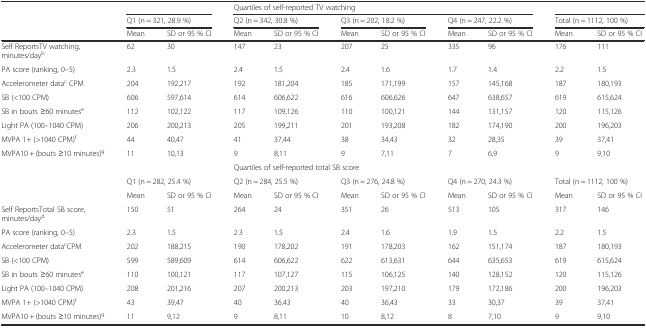
<table><thead><tr><td></td><td colspan="2"></td><td colspan="6"><b>Quartiles of self-reported TV watching</b></td><td colspan="2"></td></tr><tr><td></td><td colspan="2"><b>Q1 (n = 321, 28.9 %)</b></td><td colspan="2"><b>Q2 (n = 342, 30.8 %)</b></td><td colspan="2"><b>Q3 (n = 202, 18.2 %)</b></td><td colspan="2"><b>Q4 (n = 247, 22.2 %)</b></td><td colspan="2"><b>Total (n = 1112, 100 %)</b></td></tr><tr><td></td><td><b>Mean</b></td><td><b>SD or 95 % CI</b></td><td><b>Mean</b></td><td><b>SD or 95 % CI</b></td><td><b>Mean</b></td><td><b>SD or 95 % CI</b></td><td><b>Mean</b></td><td><b>SD or 95 % CI</b></td><td><b>Mean</b></td><td><b>SD or 95 % CI</b></td></tr></thead><tbody><tr><td>Self ReportsTV watching, minutes/day<sup>b</sup></td><td>62</td><td>30</td><td>147</td><td>23</td><td>207</td><td>25</td><td>335</td><td>96</td><td>176</td><td>111</td></tr><tr><td>PA score (ranking, 0–5)</td><td>2.3</td><td>1.5</td><td>2.4</td><td>1.5</td><td>2.4</td><td>1.6</td><td>1.7</td><td>1.4</td><td>2.2</td><td>1.5</td></tr><tr><td>Accelerometer data<sup>c</sup> CPM</td><td>204</td><td>192,217</td><td>192</td><td>181,204</td><td>185</td><td>171,199</td><td>157</td><td>145,168</td><td>187</td><td>180,193</td></tr><tr><td>SB (&lt;100 CPM)</td><td>606</td><td>597,614</td><td>614</td><td>606,622</td><td>616</td><td>606,626</td><td>647</td><td>638,657</td><td>619</td><td>615,624</td></tr><tr><td>SB in bouts ≥60 minutes<sup>e</sup></td><td>112</td><td>102,122</td><td>117</td><td>109,126</td><td>110</td><td>100,121</td><td>144</td><td>131,157</td><td>120</td><td>115,126</td></tr><tr><td>Light PA (100–1040 CPM)</td><td>206</td><td>200,213</td><td>205</td><td>199,211</td><td>201</td><td>193,208</td><td>182</td><td>174,190</td><td>200</td><td>196,203</td></tr><tr><td>MVPA 1+ (&gt;1040 CPM)<sup>f</sup></td><td>44</td><td>40,47</td><td>41</td><td>37,44</td><td>38</td><td>34,43</td><td>32</td><td>28,35</td><td>39</td><td>37,41</td></tr><tr><td>MVPA10 + (bouts ≥10 minutes)<sup>g</sup></td><td>11</td><td>10,13</td><td>9</td><td>8,11</td><td>9</td><td>7,11</td><td>7</td><td>6,9</td><td>9</td><td>9,10</td></tr><tr><td></td><td colspan="2"></td><td colspan="6">Quartiles of self-reported total SB score</td><td colspan="2"></td></tr><tr><td></td><td colspan="2">Q1 (n = 282, 25.4 %)</td><td colspan="2">Q2 (n = 284, 25.5 %)</td><td colspan="2">Q3 (n = 276, 24.8 %)</td><td colspan="2">Q4 (n = 270, 24.3 %)</td><td colspan="2">Total (n = 1112, 100 %)</td></tr><tr><td></td><td>Mean</td><td>SD or 95 % CI</td><td>Mean</td><td>SD or 95 % CI</td><td>Mean</td><td>SD or 95 % CI</td><td>Mean</td><td>SD or 95 % CI</td><td>Mean</td><td>SD or 95 % CI</td></tr><tr><td>Self ReportsTotal SB score, minutes/day<sup>d</sup></td><td>150</td><td>51</td><td>264</td><td>24</td><td>351</td><td>26</td><td>513</td><td>105</td><td>317</td><td>146</td></tr><tr><td>PA score (ranking, 0–5)</td><td>2.3</td><td>1.5</td><td>2.3</td><td>1.5</td><td>2.4</td><td>1.6</td><td>1.9</td><td>1.5</td><td>2.2</td><td>1.5</td></tr><tr><td>Accelerometer data<sup>c</sup>CPM</td><td>202</td><td>188,215</td><td>190</td><td>178,202</td><td>191</td><td>178,203</td><td>162</td><td>151,174</td><td>187</td><td>180,193</td></tr><tr><td>SB (&lt;100 CPM)</td><td>599</td><td>589,609</td><td>614</td><td>606,622</td><td>622</td><td>613,631</td><td>644</td><td>635,653</td><td>619</td><td>615,624</td></tr><tr><td>SB in bouts ≥60 minutes<sup>e</sup></td><td>110</td><td>100,121</td><td>117</td><td>107,127</td><td>115</td><td>106,125</td><td>140</td><td>128,152</td><td>120</td><td>115,126</td></tr><tr><td>Light PA (100–1040 CPM)</td><td>208</td><td>201,216</td><td>207</td><td>200,213</td><td>203</td><td>197,210</td><td>179</td><td>172,186</td><td>200</td><td>196,203</td></tr><tr><td>MVPA 1+ (&gt;1040 CPM)<sup>f</sup></td><td>43</td><td>39,47</td><td>40</td><td>36,43</td><td>40</td><td>36,43</td><td>33</td><td>30,37</td><td>39</td><td>37,41</td></tr><tr><td>MVPA10 + (bouts ≥10 minutes)<sup>g</sup></td><td>11</td><td>9,12</td><td>9</td><td>8,11</td><td>10</td><td>8,12</td><td>8</td><td>7,10</td><td>9</td><td>9,10</td></tr></tbody></table>